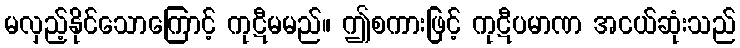
မလှည့်နိုင်သောကြောင့် ကုဋီမမည်။ ဤစကားဖြင့် ကုဋီပမာဏ အငယ်ဆုံးသည်